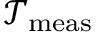
\mathcal { T } _ { \mathrm { m e a s } }